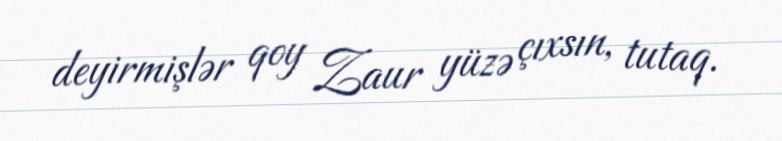
deyirmişlər qoy Zaur yüzə çıxsın, tutaq.